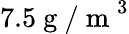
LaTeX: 7.5\mathrm{~g~/~m~}^{3}